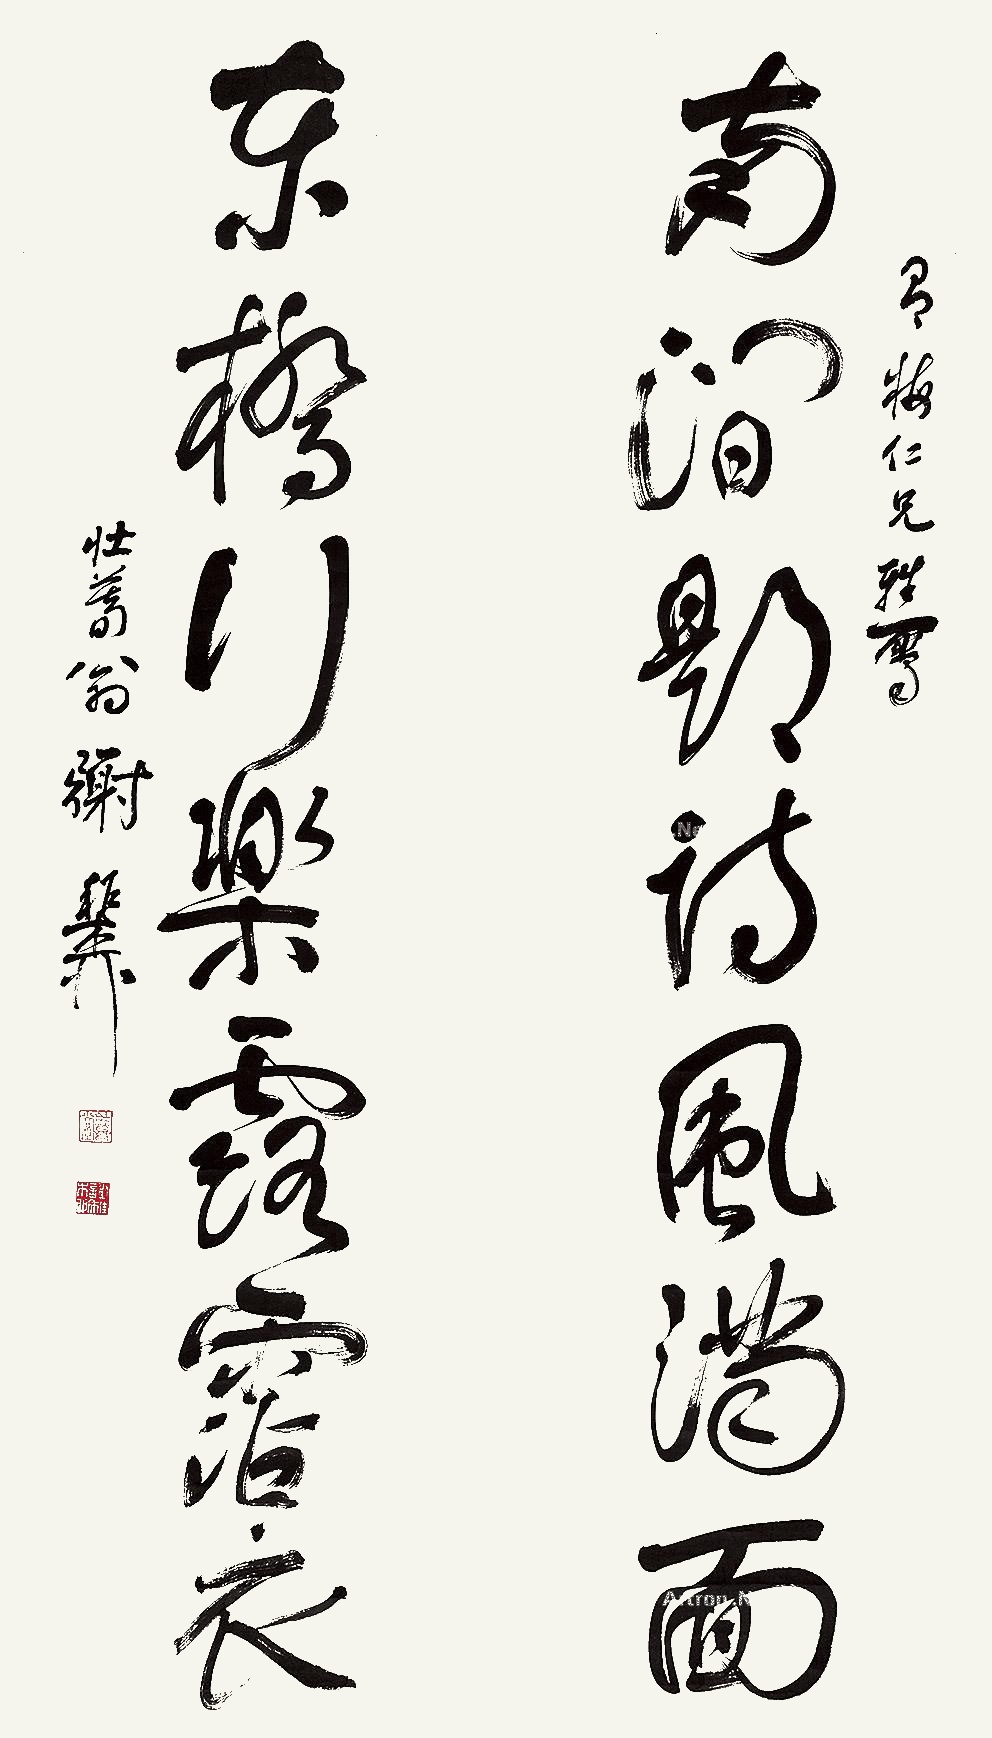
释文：南涧题诗风满面，东桥行乐露沾衣。有梅仁兄雅属。壮暮翁谢稚柳。